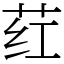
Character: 荭